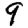
Digit: 9